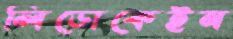
লিডোকেইন